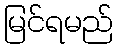
မြင်ရမည်